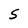
Character: S